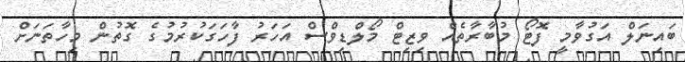
ބައިނަލް އަގުވާމީ ފޮޓޯ މުބާރާތެއް ވިޒިޓް މޯލްޑިވްސް އަހަރު ފާހަގަކުރުމުގެ ގޮތުން މިހާތަނަށް